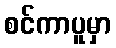
စင်ကာပူမှာ